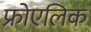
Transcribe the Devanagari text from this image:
फ्रोएलिक